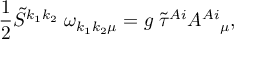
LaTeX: \frac { 1 } { 2 } \tilde { S } ^ { k _ { 1 } k _ { 2 } } \; \omega _ { k _ { 1 } k _ { 2 } \mu } = g \; \tilde { \tau } ^ { A i } A ^ { A i } { } _ { \mu } ,